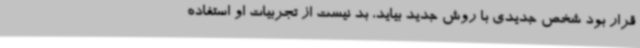
قرار بود شخص جدیدی با روش جدید بیاید، بد نیست از تجربیات او استفاده